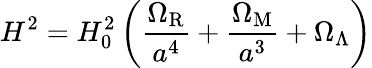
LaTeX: H^{2}=H_{0}^{2}\left(\frac{\Omega_{\mathrm{R}}}{a^{4}}+\frac{\Omega_{\mathrm{M}}}{a^{3}}+\Omega_{\Lambda}\right)